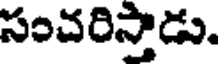
సంచరిస్తాడు.